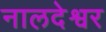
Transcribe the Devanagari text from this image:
नालदेश्वर